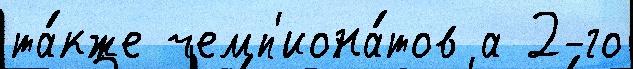
та́кже чемп'иона́тов а 2-го